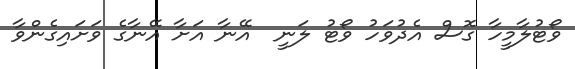
ވޯޓުލާމީހާ ގޮސް އެދުވަހު ވޯޓު ލަނީ  އޭނާ އަށާ އޭނާގެ ވަށައިގެންވާ